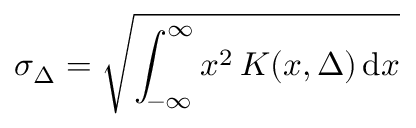
\sigma _ { \Delta } = \sqrt { \int _ { - \infty } ^ { \infty } x ^ { 2 } \, K ( x , \Delta ) \, \mathrm { d } x }